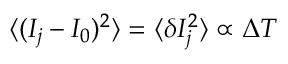
\langle ( I _ { j } - I _ { 0 } ) ^ { 2 } \rangle = \langle \delta I _ { j } ^ { 2 } \rangle \propto \Delta T